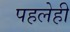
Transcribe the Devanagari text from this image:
पहलेही